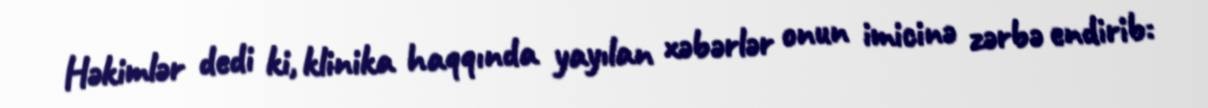
Həkimlər dedi ki, klinika haqqında yayılan xəbərlər onun imicinə zərbə endirib: